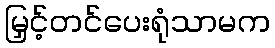
မြှင့်တင်ပေးရုံသာမက